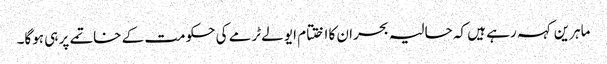
ماہرین کہہ رہے ہیں کہ حالیہ بحران کا اختتام ایو لےٹرمے کی حکومت کے خاتمے پر ہی ہوگا۔